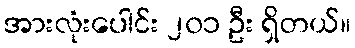
အားလုံးပေါင်း ၂၀၁ ဦး ရှိတယ်။